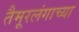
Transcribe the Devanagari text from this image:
तैमूरलंगाच्या